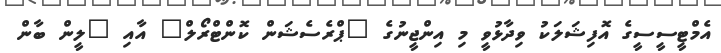
އެމްޓީސީސީގެ އޮފިޝަލަކު ވިދާޅުވީ މި އިންޖީނުގެ "ޕްރެސެޝަން ކޮންޓްރޯލް" އާއި "ލީން ބާން